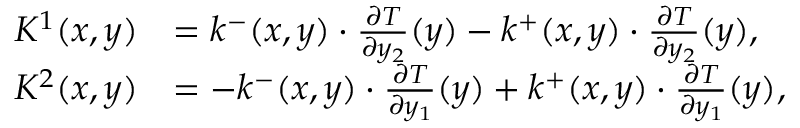
\begin{array} { r l } { K ^ { 1 } ( x , y ) } & { = k ^ { - } ( x , y ) \cdot \frac { \partial T } { \partial y _ { 2 } } ( y ) - k ^ { + } ( x , y ) \cdot \frac { \partial T } { \partial y _ { 2 } } ( y ) , } \\ { K ^ { 2 } ( x , y ) } & { = - k ^ { - } ( x , y ) \cdot \frac { \partial T } { \partial y _ { 1 } } ( y ) + k ^ { + } ( x , y ) \cdot \frac { \partial T } { \partial y _ { 1 } } ( y ) , } \end{array}